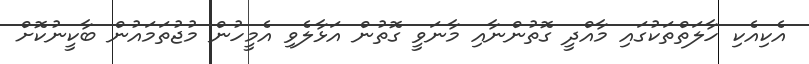
އެކިއެކި ހާލަތްތަކުގައި މާއްދީ ގޮތުންނާއި މާނަވީ ގޮތުން އަޅާލެވި އެމީހުން މުޖުތަމައުން ބާކީނުކޮށް